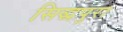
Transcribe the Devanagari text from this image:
सिद्धपुरा